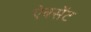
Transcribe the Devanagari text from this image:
ऐबसेंट